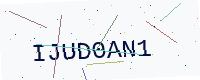
Text: IJUD0AN1